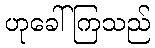
ဟုခေါ်ကြသည်